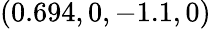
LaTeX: (0.694,0,-1.1,0)